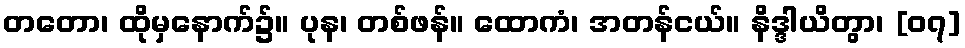
တတော၊ ထိုမှနောက်၌။ ပုန၊ တစ်ဖန်။ ထောကံ၊ အတန်ငယ်။ နိဒ္ဒါယိတွာ၊ [၀၇]